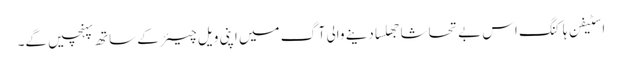
اسٹیفن ہاکنگ اس بے تحاشا جھلسا دینے والی آگ میں اپنی ویل چیئر کے ساتھ پہنچیں گے۔